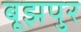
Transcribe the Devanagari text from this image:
बूझपुर